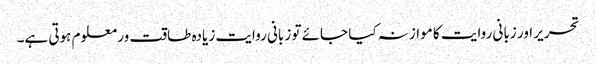
تحریر اور زبانی روایت کا موازنہ کیا جائے تو زبانی روایت زیادہ طاقت ور معلوم ہوتی ہے۔